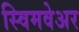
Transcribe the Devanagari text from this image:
स्विमवेअर